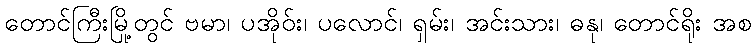
တောင်ကြီးမြို့တွင် ဗမာ၊ ပအိုဝ်း၊ ပလောင်၊ ရှမ်း၊ အင်းသား၊ ဓနု၊ တောင်ရိုး အစ